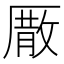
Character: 𠪣